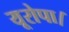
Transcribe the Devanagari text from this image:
यूरोपा।